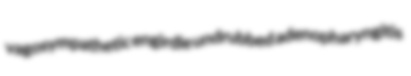
vagosympathetic engirdle undrubbed adenopharyngitis